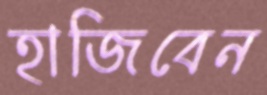
হাজিবেন